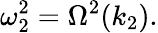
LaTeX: \omega_{2}^{2}=\Omega^{2}(k_{2}).